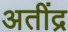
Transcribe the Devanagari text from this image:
अतींद्र